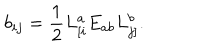
b _ { i j } = \frac { 1 } { 2 } L _ { [ i } ^ { a } E _ { a b } L _ { j ] } ^ { b } .